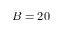
B = 2 0